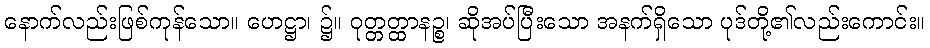
နောက်လည်းဖြစ်ကုန်သော။ ဟေဋ္ဌာ၊ ၌။ ဝုတ္တတ္ထာနဉ္စ၊ ဆိုအပ်ပြီးသော အနက်ရှိသော ပုဒ်တို့၏လည်းကောင်း။